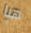
هيا